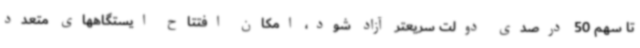
تا سهم 50 درصدی دولت سریعتر آزاد شود، امکان افتتاح ایستگاههای متعدد